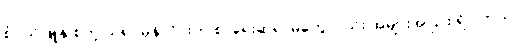
စံပယ်ဖြူနု စတဲ့ သရုပ်မှန်လိုင်းက စာရေးဆရာမတွေလည်း အများအပြား ရှိပါတယ်။